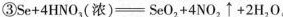
③Se + 4HNO_{3}(浓) = SeO_{2}+4NO_{2}\uparrow +2H_{2}O。